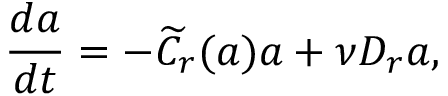
\frac { d \boldsymbol { a } } { d t } = - \widetilde { C } _ { r } ( \boldsymbol { a } ) \boldsymbol { a } + \nu D _ { r } \boldsymbol { a } ,